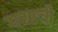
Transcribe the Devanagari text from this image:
गद्याची